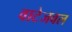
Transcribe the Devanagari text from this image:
वाटेजवल